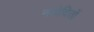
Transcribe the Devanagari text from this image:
नवोदितों